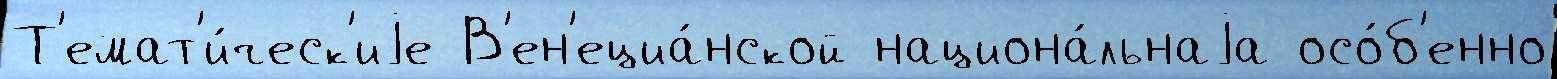
Т'емат'и́ческ'иjе В'ен'ециа́нской национа́льнаjа осо́б'енно